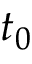
t _ { 0 }